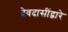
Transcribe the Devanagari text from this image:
देवदासींद्वारे